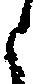
と